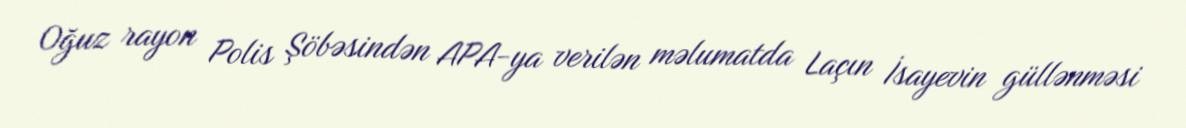
Oğuz rayon Polis Şöbəsindən APA-ya verilən məlumatda Laçın İsayevin güllənməsi